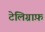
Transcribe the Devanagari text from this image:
टेलिग्राफ़